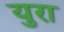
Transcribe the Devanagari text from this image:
युरा